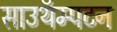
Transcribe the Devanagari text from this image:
साउथॅम्पटन